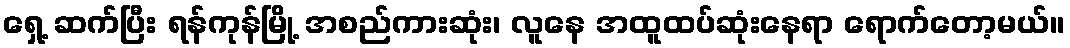
ရှေ့ ဆက်ပြီး ရန်ကုန်မြို့ အစည်ကားဆုံး၊ လူနေ အထူထပ်ဆုံးနေရာ ရောက်တော့မယ်။